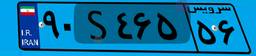
۹۰S۴۶۵۵۶